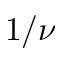
1 / \nu